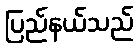
ပြည်နယ်သည်